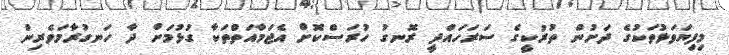
މިފިޔަވަޅުތަކުގެ ދަށުން ތުރުކީގެ ސަރަހައްދީ ރޮނގު ހުރަސްކޮށް އެޖަމާއަތްތަކާ ގުޅުމަށް ދާ ހަނގުރާމަވެރިން